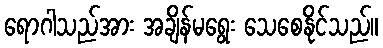
ရောဂါသည်အား အချိန်မရွေး သေစေနိုင်သည်။